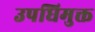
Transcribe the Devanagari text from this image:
उपधिमुक्त